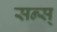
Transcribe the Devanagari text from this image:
सन्स्